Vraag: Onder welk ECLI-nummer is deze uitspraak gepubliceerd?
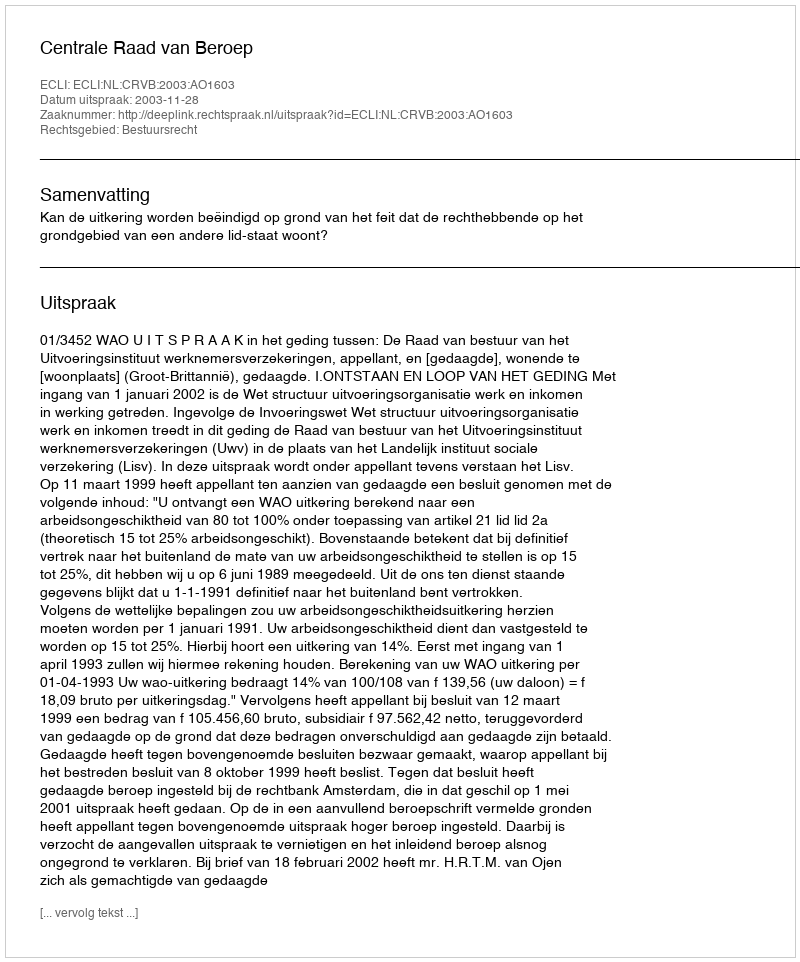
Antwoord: ECLI:NL:CRVB:2003:AO1603